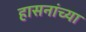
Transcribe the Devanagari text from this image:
हासनांच्या